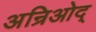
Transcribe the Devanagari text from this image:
अन्रिओद्